Lunatic asylums Madras 1877-1891 - 1877-1891
Year: 1877
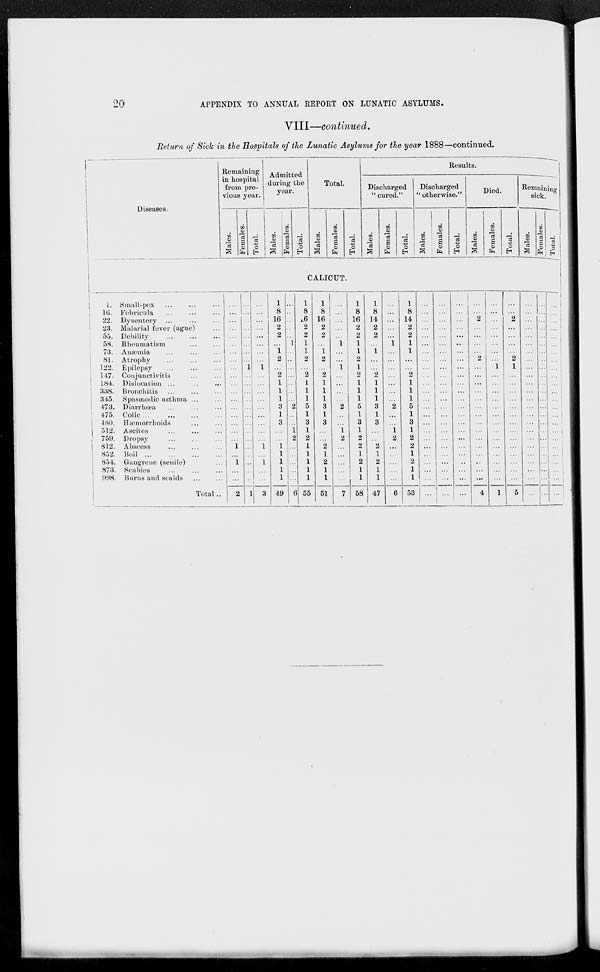
20
APPENDIX TO ANNUAL REPORT ON LUNATIC ASYLUMS.
VIII—continued.
Return of Sick in the Hospitals of the Lunatic Asylums for the year 1888—continued.
Diseases.
Remaining
in hospital
from pre-
vious year.
Males.
Females.
Total.
Admitted
during the
year.
Males.
Females.
Total.
Total.
Males.
Females.
Total.
Results.
Discharged
" cured."
Males.
Females.
Total.
Discharged
'' otherwise."
Males.
Females.
Total.
Died.
Males.
Females.
Total.
Remaining
sick.
Males.
Females.
Total.
CALICUT.
1.
16.
22.
23.
55.
58.
73.
81.
122.
147.
184.
338.
345.
473.
475.
480.
512.
759.
812.
852.
854.
873.
998.
Small-pox ... ... ...
Febricula ... ... ...
Dysentery ... ... ...
Malarial fever (ague) ...
Debility ... ... ...
Rheumatism ... ...
Anæmia ... ... ...
Atrophy ... ... ...
Epilepsy ... ... ...
Conjunctivitis ... ... ...
Dislocation ... ... ...
Bronchitis ... ... ...
Spasmodic asthma ... ...
Diarrhœa ... ... ...
Colic ... ... ...
Hæmorrhoids ... ...
Ascites ... ... ...
Dropsy ... ... ...
Abscess ... ... ...
Boil ... ... ...
Gangrene (senile) ...
Scabies ... ... ...
Burns and scalds ... ...
Total ...
...
...
.. .
...
...
...
...
...
...
...
...
...
...
...
...
...
...
...
1
...
1
...
...
2
...
...
...
...
...
...
...
...
1
...
...
...
...
...
...
...
...
...
...
...
...
...
...
1
...
...
...
...
...
...
...
...
1
...
...
...
...
...
...
...
...
...
1
...
1
...
3
1
8
16
2
2
...
1
2
...
2
1
1
1
3
1
3
...
...
1 1
1
1
1
49
...
...
...
...
...
1
...
...
...
...
...
...
...
2
...
...
1
2
...
...
...
...
...
6
1
8
16
2
2
1
1
2
...
2
1
1
1
5
1
3
1
2
1
1
1
1
1
55
1
8
16
2
2
...
1
2
...
2
1
1
1
3
1
3
...
...
2
1
2
1
1
51
...
...
...
...
...
1
...
...
1
...
...
...
...
2
...
...
1
2
...
...
...
...
...
7
1
8
16
2
2
1
1
2
1
2
1
1
1
5
1
3
1
2
2
1
2
1
1
58
1
8
14
2
2
...
1
...
...
2
1
1
1
3
1
3
...
...
2
1
2
1
1
47
...
...
...
...
...
1
...
...
...
...
...
...
...
2
...
...
1
2
...
...
...
...
...
6
1
8
14
2
2
1
1
...
...
2
1
1
1
5
1
3
1
2
2
1
2
1
1
53
...
...
...
...
...
...
...
...
...
...
...
...
...
...
...
...
...
...
...
...
...
...
...
...
...
...
...
...
...
...
...
...
...
...
...
...
...
...
...
...
...
...
...
...
...
...
...
...
...
...
...
...
...
...
...
...
...
...
...
...
...
...
...
...
...
...
...
...
...
...
...
...
...
...
2
...
...
...
...
2
...
...
...
...
...
...
...
...
...
...
...
...
...
...
...
4
...
...
...
...
...
...
...
...
1
...
...
...
...
...
...
...
...
...
...
...
...
...
...
1
...
...
2
...
...
...
...
2
1
...
...
...
...
...
...
...
...
...
...
...
...
...
...
5
...
...
...
...
...
...
...
...
...
...
...
...
...
...
...
...
...
...
...
...
...
...
...
...
...
...
...
...
...
...
...
...
...
...
...
...
...
...
...
...
...
...
...
...
...
...
...
...
...
...
...
...
...
...
...
...
...
...
...
...
...
...
...
...
...
...
...
...
...
...
...
...